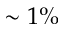
\sim 1 \%